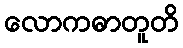
လောကဓာတူတိ